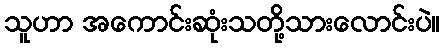
သူဟာ အကောင်းဆုံးသတို့သားလောင်းပဲ။